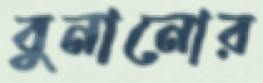
বুনানোর